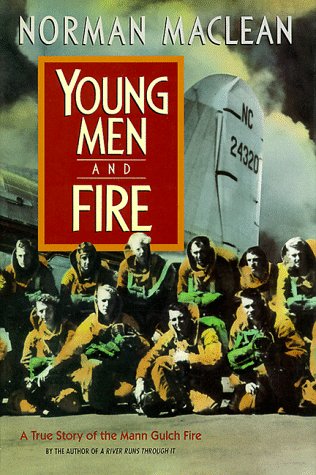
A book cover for Young Men and Fire: A True Story of the Mann Gulch Fire; Norman Maclean; Science & Math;